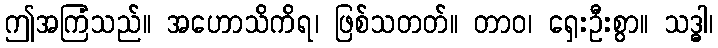
ဤအကြံသည်။ အဟောသိကိရ၊ ဖြစ်သတတ်။ တာဝ၊ ရှေးဦးစွာ။ သဒ္ဓါ၊